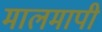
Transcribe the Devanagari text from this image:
मालमापी